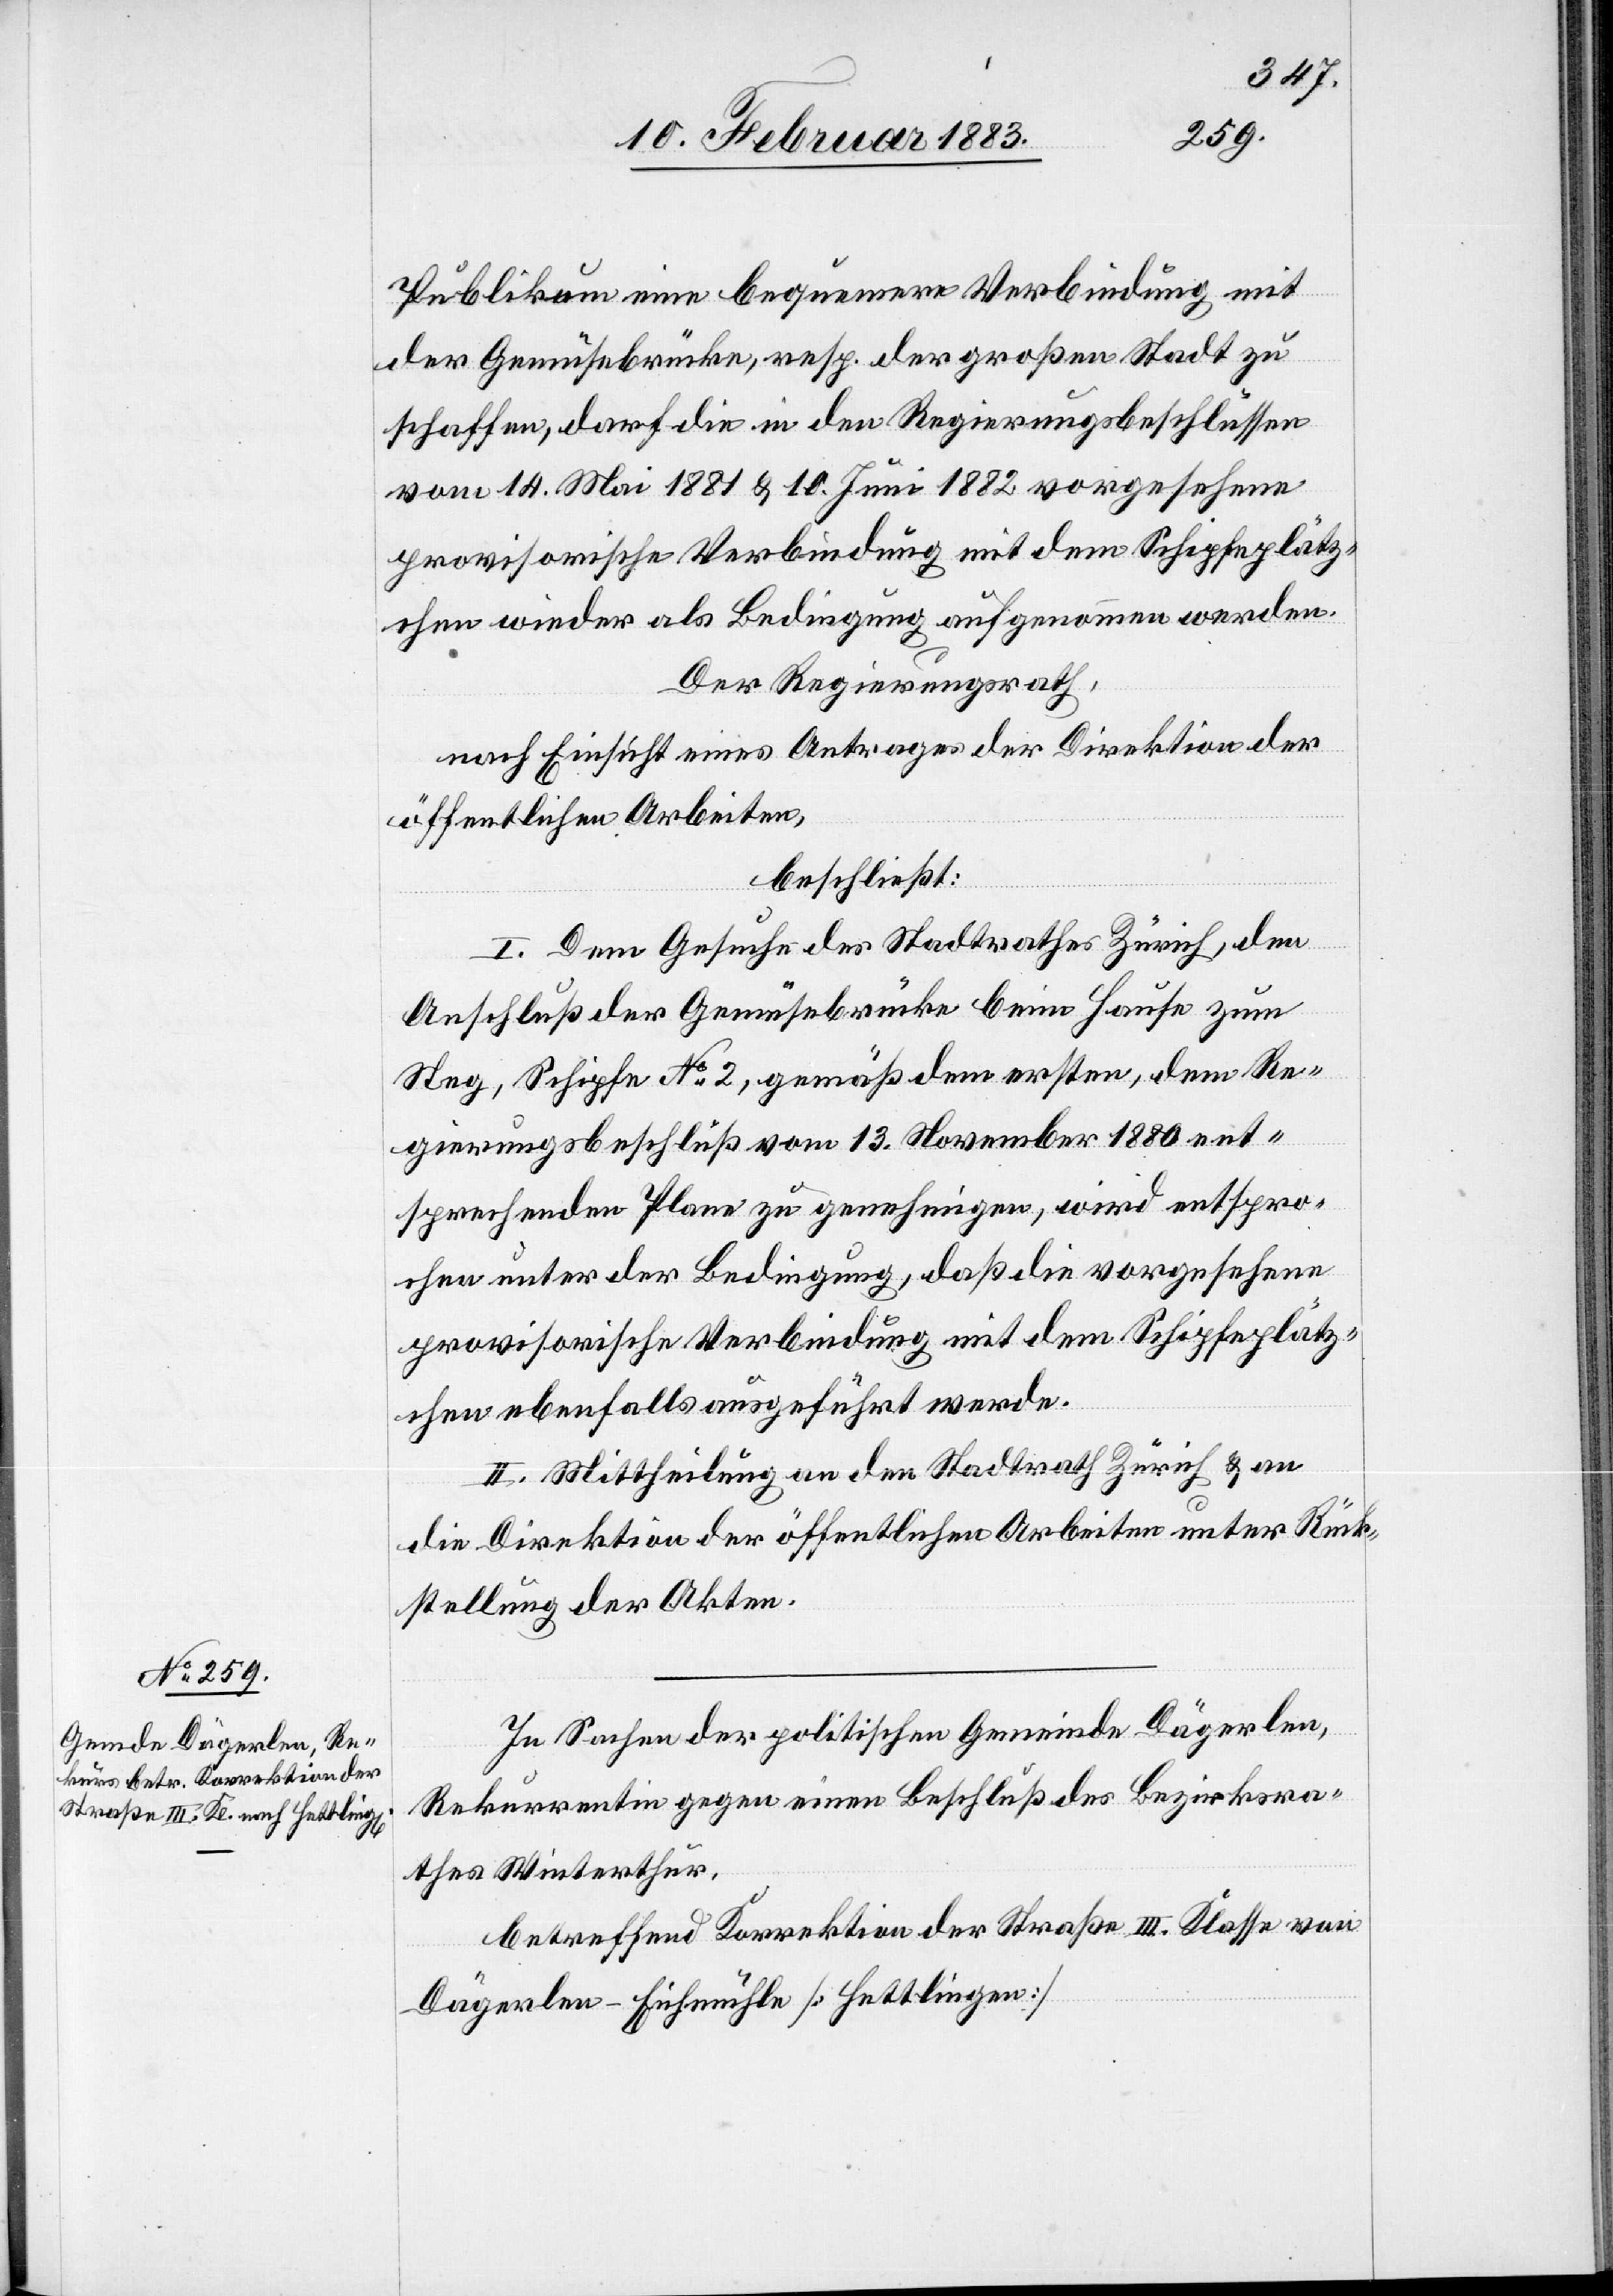
Publikum eine bequemere Verbindung mit
der Gemüsebrücke, resp. der großen Stadt zu
schaffen, darf die in den Regierungsbeschlüssen
vom 14. Mai 1881 & 10. Juni 1882 vorgesehene
provisorische Verbindung mit dem Schipfeplätz¬
chen wieder als Bedingung aufgenommen werden.
Der Regierungsrath,
nach Einsicht eines Antrages der Direktion der
öffentlichen Arbeiten,
beschließt:
I. Dem Gesuche des Stadtrathes Zürich, den
Anschluß der Gemüsebrücke beim Hause zum
Steg, Schipfe No 2, gemäß dem ersten, dem Re¬
gierungsbeschluß vom 13. Novbr. 1880 ent¬
sprechenden Plane zu genehmigen, wird entspro¬
chen unter der Bedingung, daß die vorgesehene
provisorische Verbindung mit dem Schipfeplätz¬
chen ebenfalls ausgeführt werde.
II. Mittheilung an den Stadtrath Zürich & an
die Direktion der öffentlichen Arbeiten unter Rück¬
stellung der Akten.
In Sachen der politischen Gemeinde Dägerlen,
Rekurrentin gegen einen Beschluß des Bezirksra¬
thes Winterthur,
betreffend Korrektion der Straße III. Klasse von
Dägerlen–Eichmühle [Hettlingen]